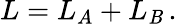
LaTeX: L=L_{A}+L_{\mathit{B}}\, .